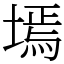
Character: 墕